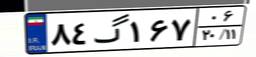
۸۴گ۱۶۷۰۶